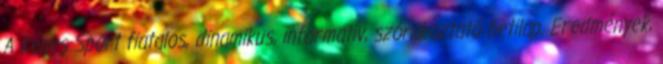
A Képes Sport fiatalos, dinamikus, informatív, szórakoztató hetilap. Eredmények,